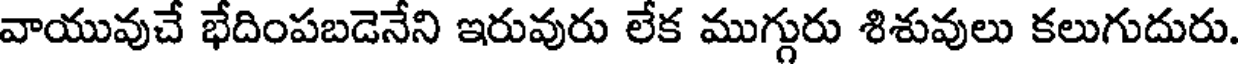
వాయువుచే భేదింపబడెనేని ఇరువురు లేక ముగ్గురు శిశువులు కలుగుదురు.